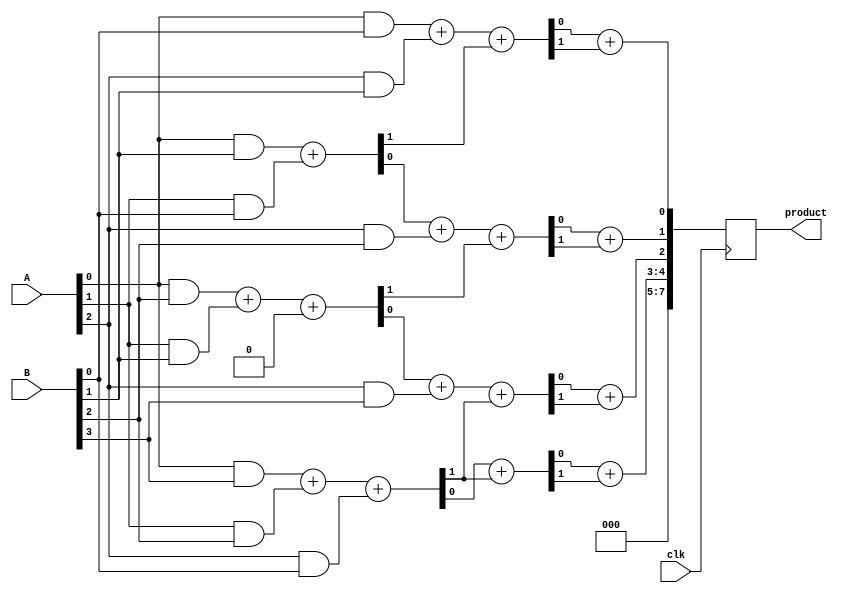
module wallace_tree_multiplier (
    input clk,
    input [3:0] A,
    input [3:0] B,
    output reg [7:0] product
);

    // Partial products
    wire [3:0] pp [3:0]; // Partial products
    genvar i, j;

    // Generate partial products
    generate
        for (i = 0; i < 4; i = i + 1) begin : gen_pp
            for (j = 0; j < 4; j = j + 1) begin : gen_pp_inner
                assign pp[i][j] = A[i] & B[j];
            end
        end
    endgenerate

    // Intermediate wires for Wallace tree reduction
    wire [3:0] sum1 [2:0]; // Sums at each stage
    wire [3:0] carry1 [2:0]; // Carries at each stage

    // Stage 1: Combine partial products using half adders and full adders
    // First row (pp[0])
    assign sum1[0][0] = pp[0][0];
    assign carry1[0][0] = 1'b0; // No carry for the first bit

    // Second row (pp[1])
    assign {carry1[0][1], sum1[0][1]} = pp[0][1] + pp[1][0];
    assign {carry1[0][2], sum1[0][2]} = pp[0][2] + pp[1][1] + carry1[0][0];
    assign {carry1[0][3], sum1[0][3]} = pp[0][3] + pp[1][2] + pp[2][0];

    // Stage 2: Combine results from Stage 1
    assign {carry1[1][0], sum1[1][0]} = sum1[0][0] + pp[2][1] + carry1[0][1];
    assign {carry1[1][1], sum1[1][1]} = sum1[0][1] + pp[2][2] + carry1[0][2];
    assign {carry1[1][2], sum1[1][2]} = sum1[0][2] + pp[2][3] + carry1[0][3];
    assign {carry1[1][3], sum1[1][3]} = sum1[0][3] + carry1[0][3];

    // Stage 3: Final reduction
    assign {carry1[2][0], sum1[2][0]} = sum1[1][0] + carry1[1][0];
    assign {carry1[2][1], sum1[2][1]} = sum1[1][1] + carry1[1][1];
    assign {carry1[2][2], sum1[2][2]} = sum1[1][2] + carry1[1][2];
    assign {carry1[2][3], sum1[2][3]} = sum1[1][3] + carry1[1][3];

    // Final addition of last two rows
    always @(posedge clk) begin
        product <= {carry1[2][3], sum1[2][3], sum1[2][2], sum1[2][1], sum1[2][0]};
    end

endmodule